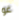
غو